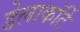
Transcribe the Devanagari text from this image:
डेलाकॉर्टे